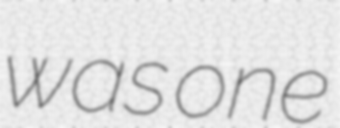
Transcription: was one